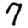
Digit: 7